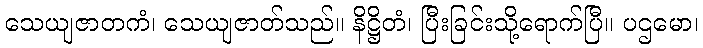
သေယျဇာတကံ၊ သေယျဇာတ်သည်။ နိဋ္ဌိတံ၊ ပြီးခြင်းသို့ရောက်ပြီ။ ပဌမော၊